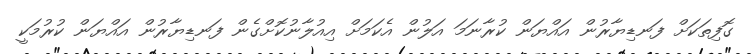
ގޮފިތަކަށް ފަނޑިޔާރުން އައްޔަން ކުރާނަމަ އަލުން އެކަމަށް އިއުލާނުކޮށްގެން ފަނޑިޔާރުން އައްޔަން ކުރުމަކީ